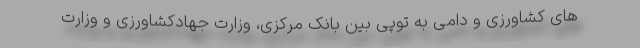
های کشاورزی و دامی به توپی بین بانک مرکزی، وزارت جهادکشاورزی و وزارت